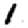
Digit: 1